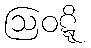
ဩဝဋ္ဋိ